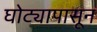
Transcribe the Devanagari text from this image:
घोट्यापासून